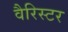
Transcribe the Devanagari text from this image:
वैरिस्टर